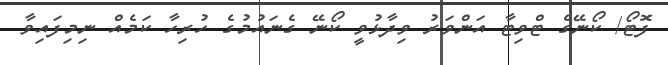
ފޮޓޯ/ ކޯނޭގެ ޓްވިޓާ އަންވަރު ވިދާޅުވީ ކޯނޭ ގެނައުމުގެ ހުރިހާ ކަމެއް ނިމިފައިވާ